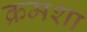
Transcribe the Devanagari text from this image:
क्रमशा